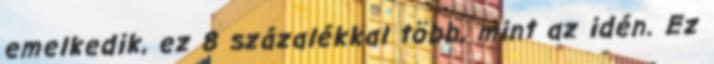
emelkedik, ez 8 százalékkal több, mint az idén. Ez